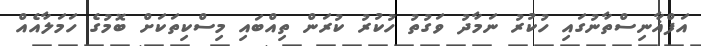
އަފްޣާނިސްތާނުގައި ހުކުރު ނަމާދު ވަގުތު ހުކުރު ކުރަން ތިއްބައި މިސްކިތަކަށް ބޮމުގެ ހަމަލާއެއް